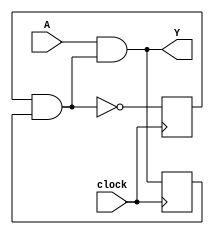
module ex1(clock,A,Y);
input clock;
input A;
output Y;
reg S0,S1;
wire X1,NS0,NS1;
and g0(X1,S0,S1);
and g1(NS1,A,X1);
not g2(NS0,X1);
and g3(Y,A,X1);
always @(posedge clock) begin
S1<=NS1;
S0<=NS0;
end
endmodule